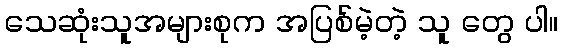
သေဆုံးသူအများစုက အပြစ်မဲ့တဲ့ သူ တွေ ပါ။